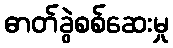
ဓာတ်ခွဲစစ်ဆေးမှု